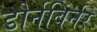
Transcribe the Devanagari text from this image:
डोर्नबिर्नर